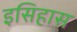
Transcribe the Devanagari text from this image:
इसिहास